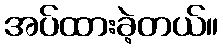
အပ်ထားခဲ့တယ်။